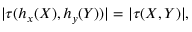
| \tau ( h _ { x } ( X ) , h _ { y } ( Y ) ) | = | \tau ( X , Y ) | ,